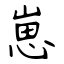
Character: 崽